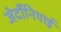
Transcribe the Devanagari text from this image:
जेर्दोनियाई